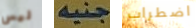
ليس جنيه اضطراب